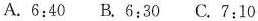
A.6:40 B.6:30 C.7:10